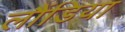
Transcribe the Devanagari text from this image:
लौंडिया